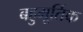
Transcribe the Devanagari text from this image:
बहुमूर्तिक